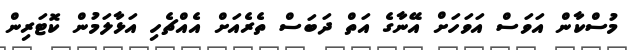
މުސްކާން އަވަސް އަވަހަށް އޭނާގެ އަތް ދަބަސް ތެރެއަށް އެއްޗެހި އަޅާލަމުން ކޮޓަރިން